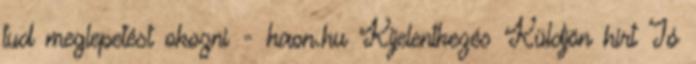
tud meglepetést okozni - haon.hu Kijelentkezés Küldjön hírt Jó